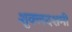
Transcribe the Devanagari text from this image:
शुक्लदशमी